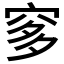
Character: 𱶻